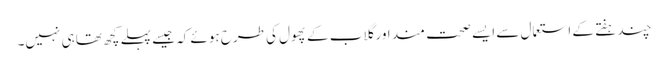
چند ہفتے کے استعمال سے ایسے صحت مند اور گلاب کے پھول کی طرح ہوئے کہ جیسے پہلے کچھ تھا ہی نہیں۔